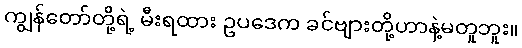
ကျွန်တော်တို့ရဲ့ မီးရထား ဥပဒေက ခင်ဗျားတို့ဟာနဲ့မတူဘူး။